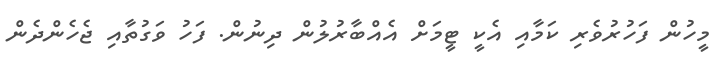
މީހުން ފަހުރުވެރި ކަމާއި އެކީ ޓީމަށް އެއްބާރުލުން ދިނުން. ފަހު ވަގުތާއި ޖެހެންދެން